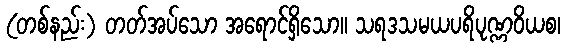
(တစ်နည်း) တတ်အပ်သော အရောင်ရှိသော။ သရဒသမယပရိပုဏ္ဏဝိယစ၊